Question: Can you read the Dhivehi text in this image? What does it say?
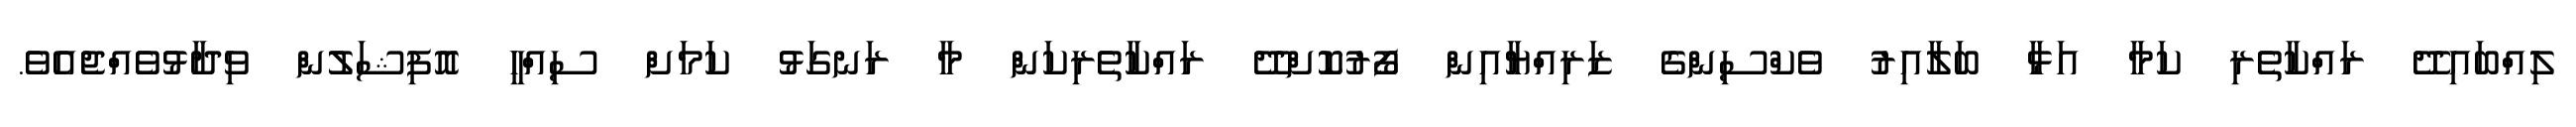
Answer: ލިއްބައިދޭ ރައްކާތެރި ކަމާ އަޅާ ބަލާއިރު ވެކްސިންގެ ޒަރިއްޔާއިން ފޯރުކޮށްދޭ ރައްކާތެރިކަން މާ ރަނގަޅު ކަމަށް ސިއްހީ އޮފިޝަލުން ވިދާޅުވެއްޖެއެވެ.